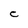
Character: C